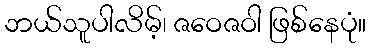
ဘယ်သူပါလိမ့်၊ ဇဝေဇဝါ ဖြစ်နေပုံ။